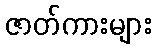
ဇာတ်ကားများ